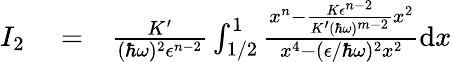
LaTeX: \begin{array}{rlr}{I_{2}}&{{}=}&{\frac{K^{\prime}}{(\hbar\omega)^{2}\epsilon^{n-2}}\int_{1/2}^{1}\frac{x^{n}-\frac{K\epsilon^{n-2}}{K^{\prime}(\hbar\omega)^{m-2}}x^{2}}{x^{4}-(\epsilon/\hbar\omega)^{2}x^{2}}\textrm{d}x}\end{array}